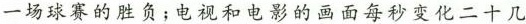
一场球赛的胜负；电视和电影的画面每秒变化二十几